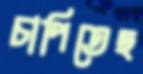
চাপিতেছ